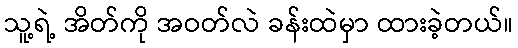
သူ့ရဲ့ အိတ်ကို အဝတ်လဲ ခန်းထဲမှာ ထားခဲ့တယ်။